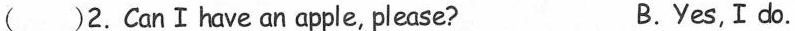
( )2.CanⅠhave an apple, please? B.Yes,I do.